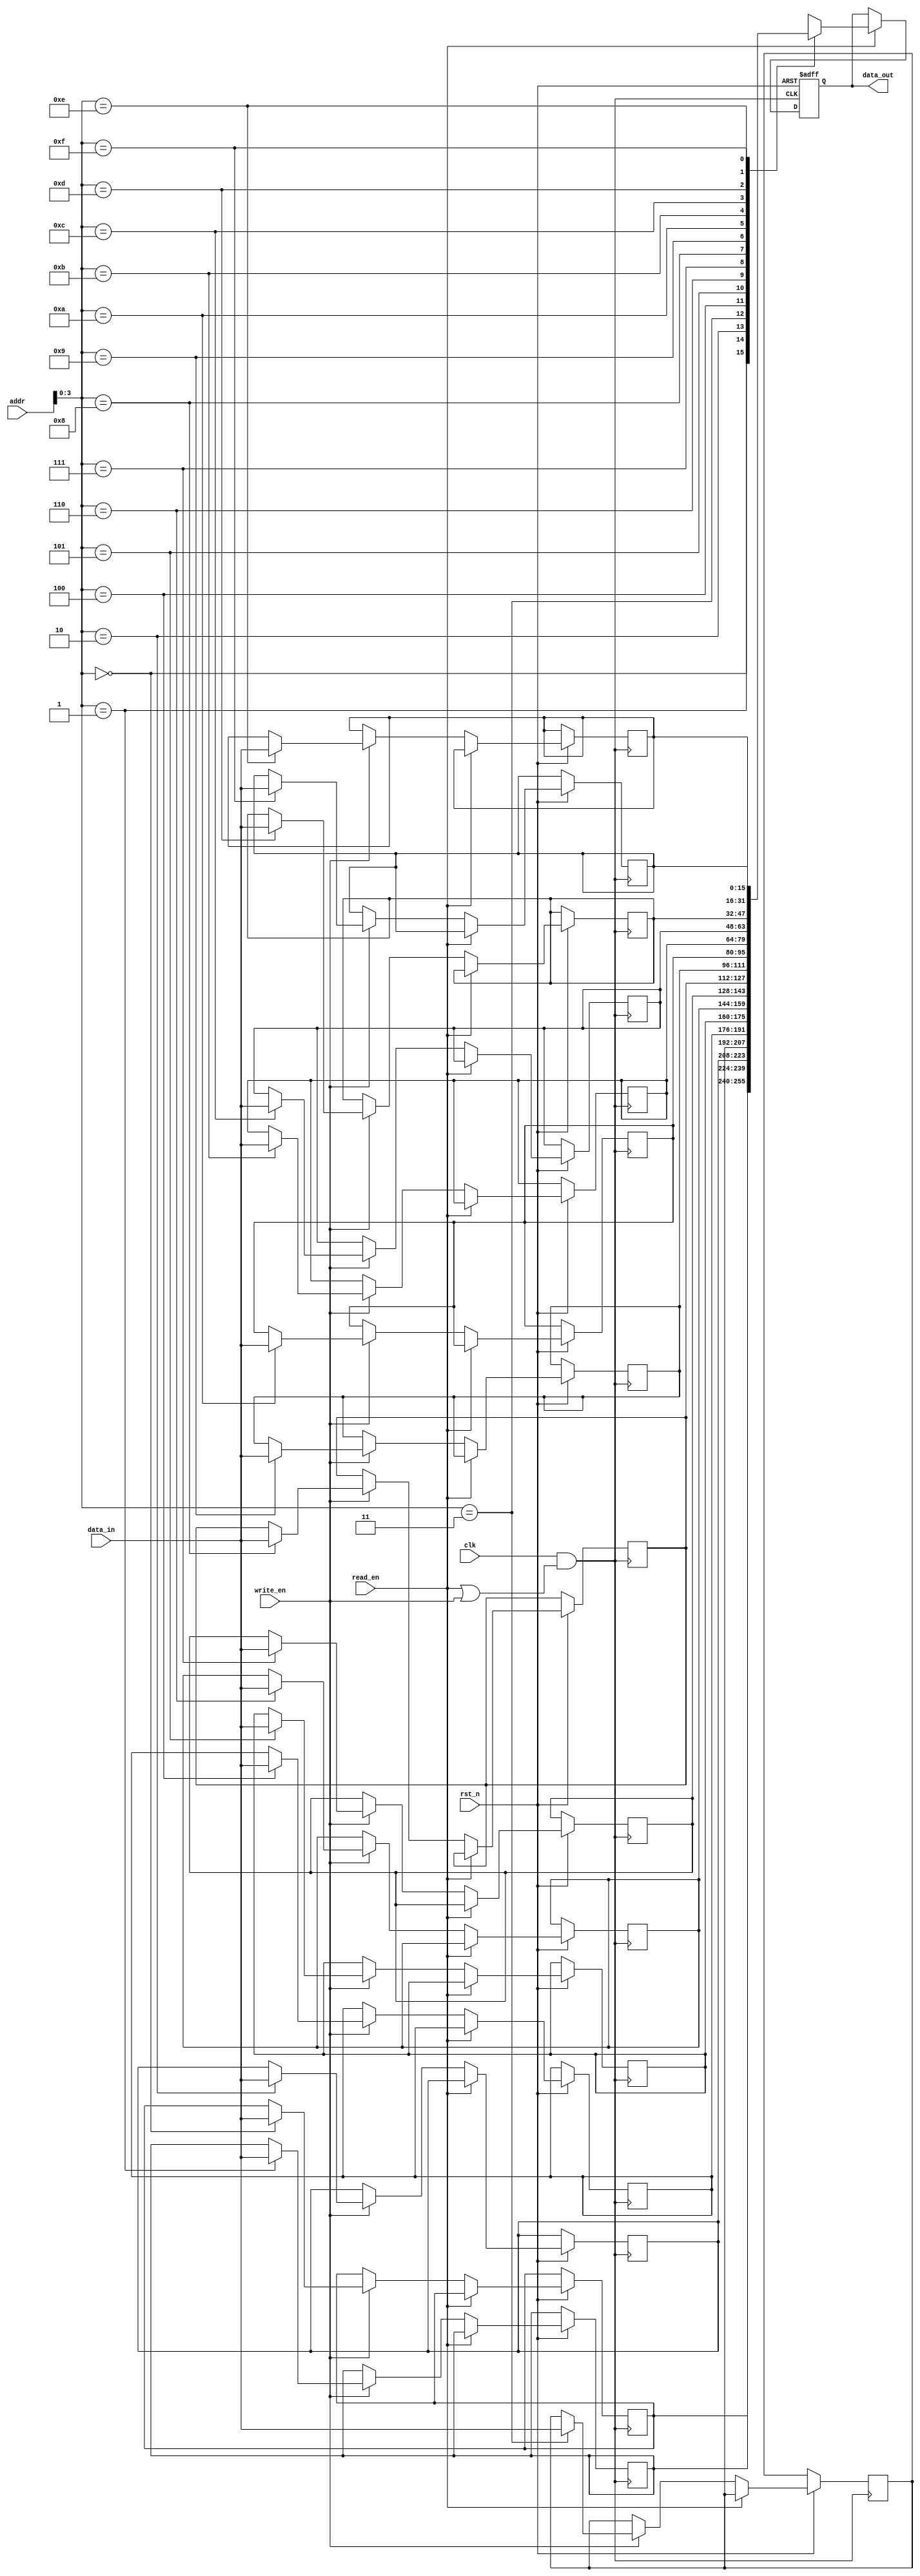
module MemoryBlock (
    input wire clk,              // Original clock signal
    input wire rst_n,            // Active-low reset
    input wire read_en,          // Read enable signal
    input wire write_en,         // Write enable signal
    input wire [7:0] addr,       // Address for memory access
    input wire [15:0] data_in,   // Data input for write operations
    output reg [15:0] data_out    // Data output for read operations
);

    // Memory array definition (16 words of 16 bits)
    reg [15:0] memory [0:15];

    // Clock gating control signal
    wire clk_gating_ctrl;

    // Gated clock signal
    wire gated_clk;

    // Generate the clock gating control signal
    assign clk_gating_ctrl = read_en | write_en;

    // Gated clock logic
    assign gated_clk = clk & clk_gating_ctrl;

    // Memory operation
    always @(posedge gated_clk or negedge rst_n) begin
        if (!rst_n) begin
            // Reset logic (optional, depending on design)
            data_out <= 16'b0; // Reset output data
        end else if (read_en) begin
            // Read operation
            data_out <= memory[addr];
        end else if (write_en) begin
            // Write operation
            memory[addr] <= data_in;
        end
    end

endmodule